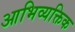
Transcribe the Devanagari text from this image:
आभिव्यक्तिक